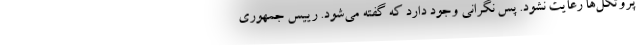
پروتکل‌ها رعایت نشود. پس نگرانی وجود دارد که گفته می‌شود. رییس جمهوری